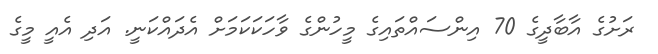
ރަށުގެ އާބާދީގެ 70 އިންސައްތައިގެ މީހުންގެ ވާހަކަކަމަށް އެދައްކަނީ. އަދި އެއީ މީގެ